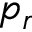
p _ { r }